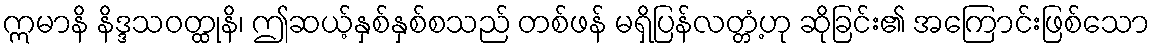
ဣမာနိ နိဒ္ဒသဝတ္ထုနိ၊ ဤဆယ့်နှစ်နှစ်စသည် တစ်ဖန် မရှိပြန်လတ္တံ့ဟု ဆိုခြင်း၏ အကြောင်းဖြစ်သော